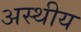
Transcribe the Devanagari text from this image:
अस्थीय